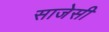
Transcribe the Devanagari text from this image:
साजेसी